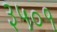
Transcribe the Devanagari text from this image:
३५०१